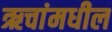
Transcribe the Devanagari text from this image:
ऋचांमधील